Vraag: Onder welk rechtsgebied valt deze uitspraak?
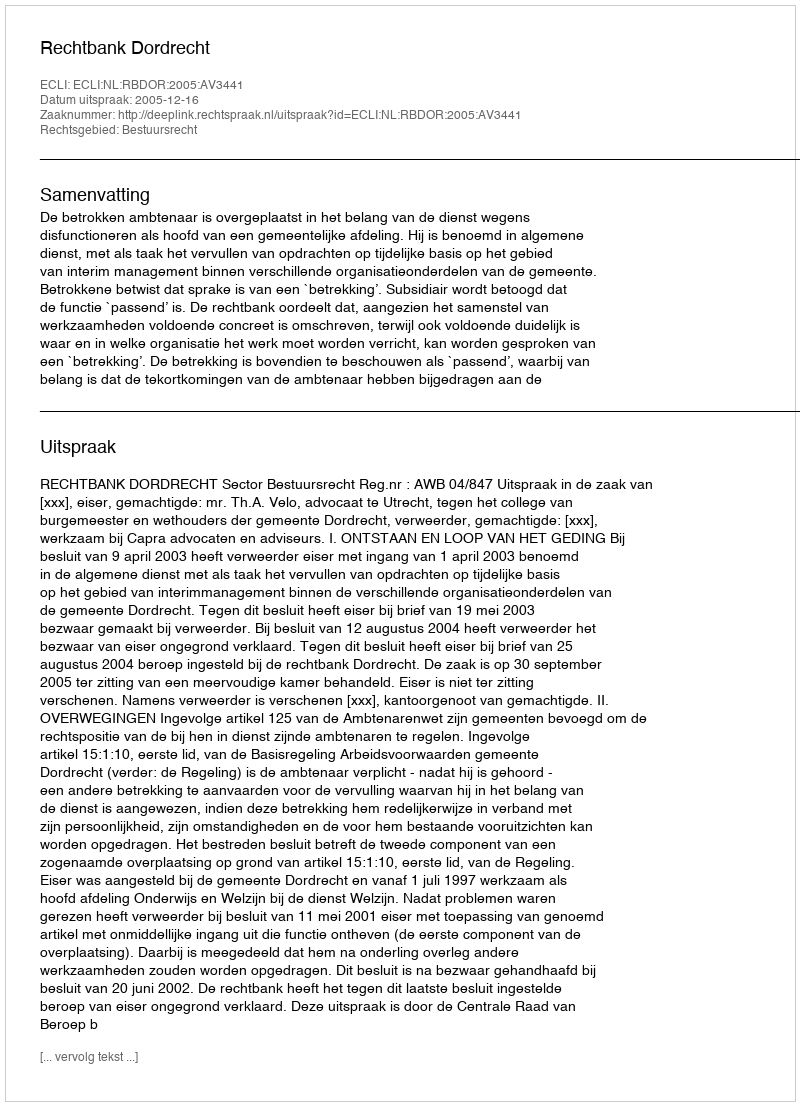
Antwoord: Bestuursrecht